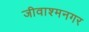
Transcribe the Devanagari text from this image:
जीवाश्मनगर